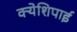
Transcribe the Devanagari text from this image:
क्येशिपाई